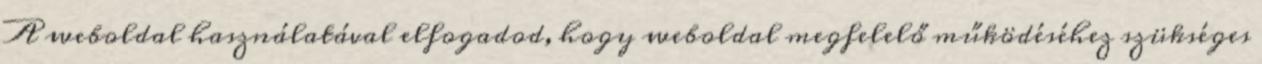
A weboldal használatával elfogadod, hogy weboldal megfelelő működéséhez szükséges